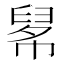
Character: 𢄚